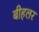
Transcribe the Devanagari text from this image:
बीहलर